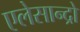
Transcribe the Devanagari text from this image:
एलेसान्द्रो